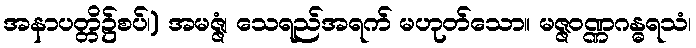
အနာပတ္တိ၌စပ်၊) အမဇ္ဇံ၊ သေရည်အရက် မဟုတ်သော။ မဇ္ဇဝဏ္ဏဂန္ဓရသံ၊